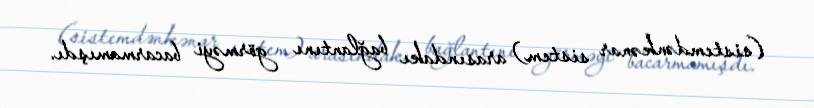
(sistemdənkənar sistem) arasındakı bağlantını görməyi bacarmamışdı.